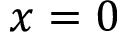
x = 0